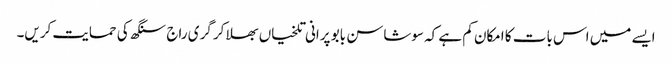
ایسے میں اس بات کا امکان کم ہے کہ سوشاسن بابو پرانی تلخیاں بھلا کر گری راج سنگھ کی حمایت کریں۔